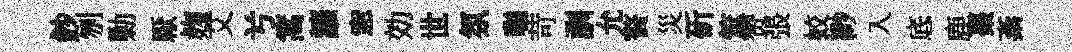
鈔刎勦厭麹艾𠔃篙讓窓効世氛聮苛訓允贅災斫筮赞張蛟緲入底鹿棗紊